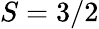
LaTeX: S=3/2